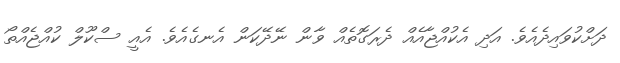
ދަށްކުވައިދެއެވެ. އަދި އެކުއްޖާއެއް ދެރަގޮތެއް ވާން ނޭދޭކަން އެނގެއެވެ. އެއީ ސްކޫލް ކުއްޖެއްތޯ